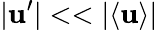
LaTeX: \vert\mathbf{u}^{\prime}\vert<<\vert\langle{\mathbf{u}}\rangle\vert